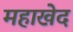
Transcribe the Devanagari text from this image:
महाखेद